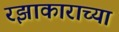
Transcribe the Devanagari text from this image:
रझाकाराच्या